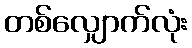
တစ်လျှောက်လုံး